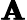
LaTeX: \pmb{\mathbf{A}}